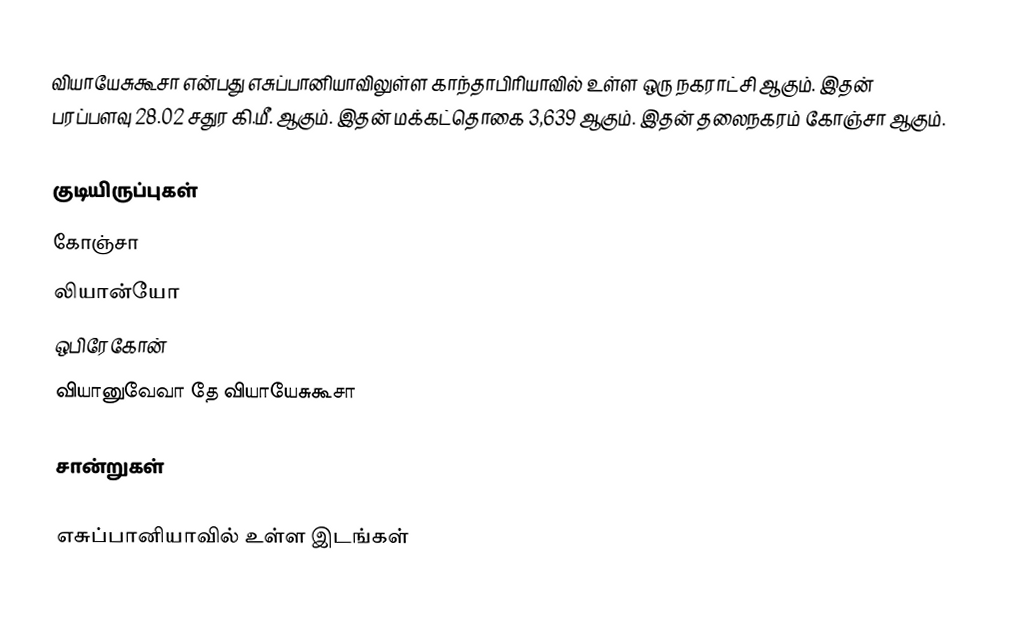
வியாயேசுகூசா என்பது எசுப்பானியாவிலுள்ள காந்தாபிரியாவில் உள்ள ஒரு நகராட்சி ஆகும். இதன் பரப்பளவு 28.02 சதுர கி.மீ. ஆகும். இதன் மக்கட்தொகை 3,639 ஆகும். இதன் தலைநகரம் கோஞ்சா ஆகும்.

குடியிருப்புகள்
 கோஞ்சா
 லியான்யோ
 ஒபிரேகோன்
 வியானுவேவா தே வியாயேசுகூசா

சான்றுகள்

எசுப்பானியாவில் உள்ள இடங்கள்